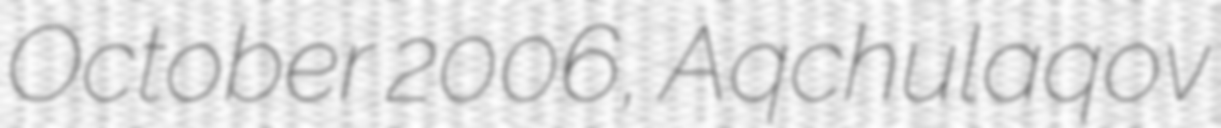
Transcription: October 2006, Aqchulaqov